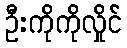
ဦးကိုကိုလှိုင်